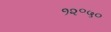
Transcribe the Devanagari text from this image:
१२॰५०